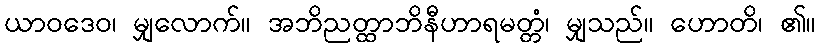
ယာဝဒေဝ၊ မျှလောက်။ အဘိညတ္ထာဘိနီဟာရမတ္တံ၊ မျှသည်။ ဟောတိ၊ ၏။